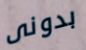
بدونى